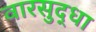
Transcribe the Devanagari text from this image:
वारसुद्धा